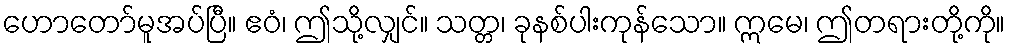
ဟောတော်မူအပ်ပြီ။ ဧဝံ၊ ဤသို့လျှင်။ သတ္တ၊ ခုနစ်ပါးကုန်သော။ ဣမေ၊ ဤတရားတို့ကို။